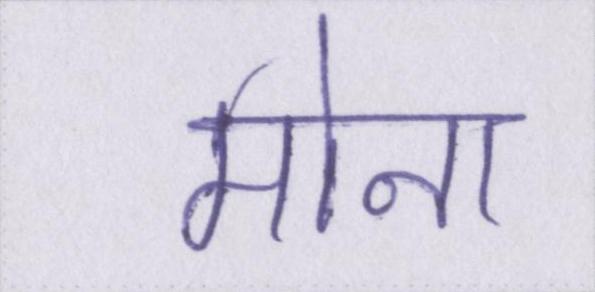
मोना